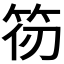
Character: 𮅄